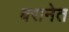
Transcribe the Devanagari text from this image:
बरानेत